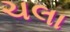
ચલા